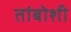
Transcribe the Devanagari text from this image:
तांबोशी